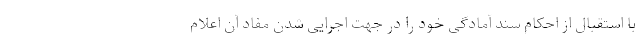
با استقبال از احکام سند آمادگی خود را در جهت اجرایی شدن مفاد آن اعلام